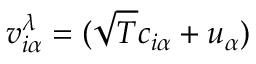
v _ { i \alpha } ^ { \lambda } = ( \sqrt { T } c _ { i \alpha } + u _ { \alpha } )